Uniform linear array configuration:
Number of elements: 12
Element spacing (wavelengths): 1
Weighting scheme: binomial
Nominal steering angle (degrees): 45
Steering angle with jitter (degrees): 45.679
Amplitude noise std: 0.05
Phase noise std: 0.05

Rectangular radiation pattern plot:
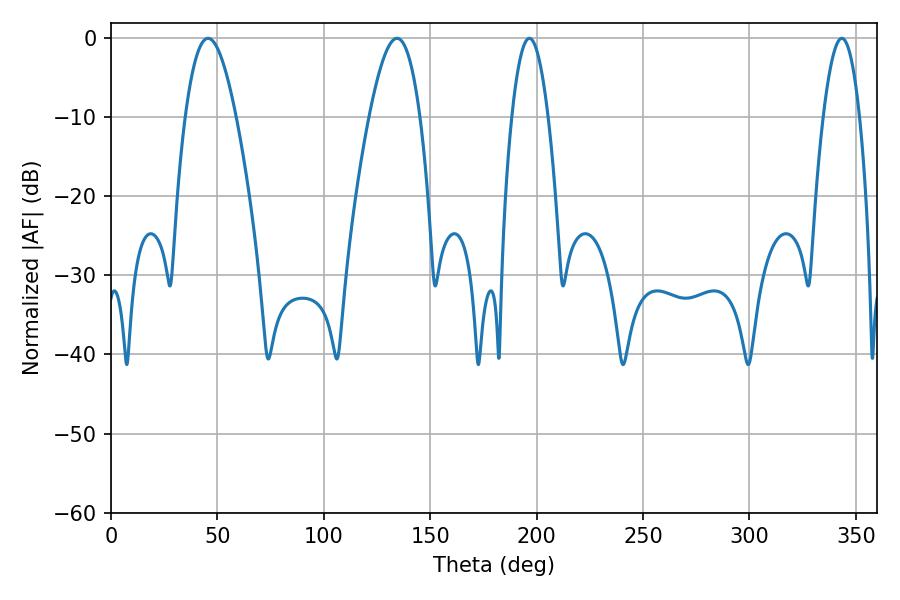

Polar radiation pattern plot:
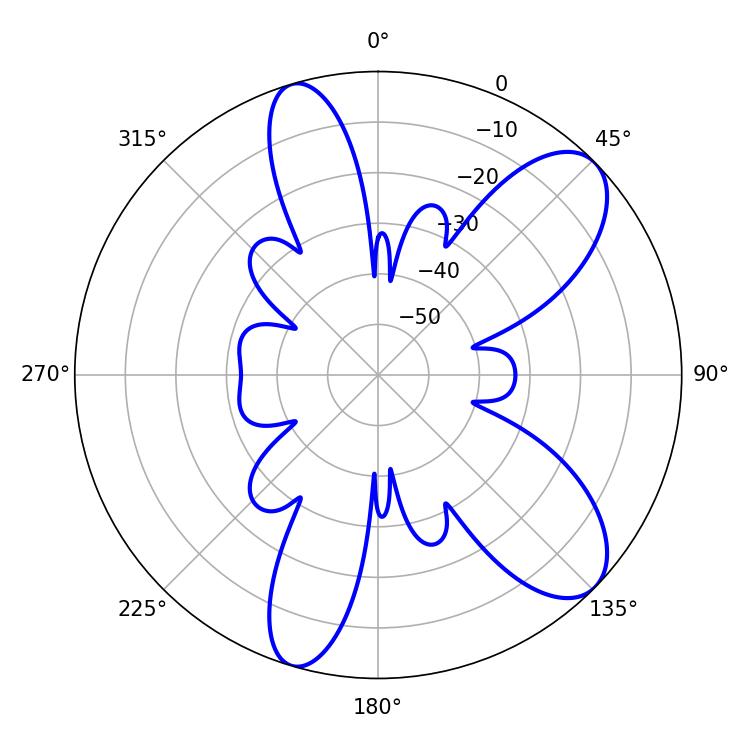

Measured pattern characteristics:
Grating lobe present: TRUE
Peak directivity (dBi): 9.03
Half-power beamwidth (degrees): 9.36
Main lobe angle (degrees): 196.56